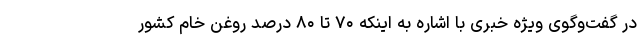
در گفت‌وگوی ویژه خبری با اشاره به اینکه ۷۰ تا ۸۰ درصد روغن خام کشور